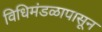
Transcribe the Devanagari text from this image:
विधिमंडळापासून